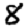
Digit: 8